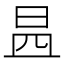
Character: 𣌬